Report of the Indian Hemp Drugs Commission, 1894-1895 - Volume VI
Year: 1894
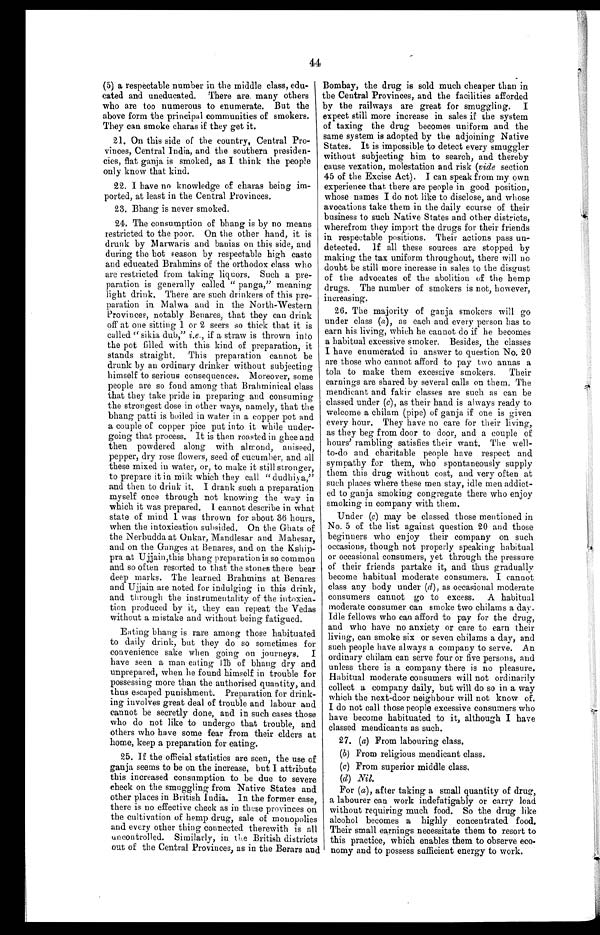
44
(5) a respectable number in the middle class, edu-
cated and uneducated. There are. many others
who are too numerous to enumerate. But the
above form the principal communities of smokers.
They can smoke charas if they get it.
21. On this side of the country, Central Pro-
-
-vinces, Central India, and the southern presiden
- c i e s , f l a t g a n j a i s s m o k e d , a s I t h i n k t h e p e o p l e
only know that kind.
22. I have no knowledge of charas being im-
-ported, at least in the Central Provinces.
23. Bhang is never smoked.
24. The consumption of bhang is by no means
restricted to the poor. On the other hand, it is
drunk by Marwaris and banias on this side, and
during the hot season by respectable high caste
and educated Brahmins of the orthodox class who
are restricted from taking liquors. Such a pre
- p a r a t i o n i s g e n e r a l l y c a l l e d " p a n g a , " m e a n i n g
light drink. There are such drinkers of this pre-
paration in Malwa and in the NorthWestern
Provinces, notably Benares, that they can drink
off at one sitting 1 or 2 seers so thick that it is
called " sikia dub," i.e., if a straw is thrown into
the pot filled with this kind of preparation, it
stands straight. This preparation cannot be
drunk by an ordinary drinker without subjecting
himself to serious consequences. Moreover, some
people are so fond among that Brahminical class
that they take pride in preparing and consuming
the strongest dose in other ways, namely, that the
bhang patti is boiled in water in a copper pot and
a couple of copper pice put into it while under-
going that process. It is then roasted in ghee and.
then powdered along with almond, aniseed,
pepper, dry rose flowers, seed of cucumber, and all
these mixed in water, or, to make it still stronger,
to prepare it in milk which they call "dudhiya,"
and then to drink it. I drank such a preparation
myself once through not knowing the way in
which it was prepared. I cannot describe in what
state of mind I was thrown for about 36 hours,
when the intoxication subsided. On the Ghats of
the Nerbudda at Onkar, Mandlesar and Mahesar,
and on the Ganges at Benares, and on the Kship-
pra at Ujjain, this bhang preparation is so common
and so often resorted to that the stones there bear
deep marks. The learned Brahmins at Benares
and Ujjain are noted for indulging in this drink,
and through the instrumentality of the intoxica-
tion produced by it, they can repeat the Vedas
without a mistake and without being fatigued.
Bombay, the drug is sold much cheaper than in
the Central Provinces, and the facilities afforded
by the railways are great for smuggling. I
expect still more increase in sales if the system
of taxing the drug becomes uniform and the
same system is adopted by the adjoining Native
States. It is impossible to detect every smuggler
without subjecting him to search, and thereby
cause vexation, molestation and risk (vide section
45 of the Excise Act). I can speak from my own
experience that there are people in good position,
whose names I do not like to disclose, and whose
avocations take them in the daily course of their
business to such Native States and other districts,
wherefrom they import the drugs for their friends
in respectable positions. Their actions pass un-
detected. If all these sources are stopped by
making the tax uniform throughout, there will no
doubt be still more increase in sales to the disgust
of the advocates of the abolition of the hemp
drugs. The number of smokers is not, however,
increasing.
26. The majority of ganja smokers will go
under class (a ), as each and every person has to
earn his living, which he cannot do if he becomes
a habitual excessive smoker. Besides, the classes
I have enumerated in answer to question No. 20
are those who cannot afford to pay two annas a
tola to make them excessive smokers. Their
earnings are shared by several calls on them. The
mendicant and fakir classes are such as can be
classed under ( c), as their hand is always ready to
welcome a chilam (pipe) of ganja if one is given
every hour. They have no care for their living,
as they beg from door to door, and a couple of
hours' rambling satisfies their want. The well-
to-do and charitable people have respect and
sympathy for them, who spontaneously supply
them this drug without cost, and very often at
such places where these men stay, idle men addict-
ed to ganja smoking congregate there who enjoy
smoking in company with them.
Under (c) may be classed those mentioned in
No. 5 of the list against question 20 and those
beginners who enjoy their company on such
occasions, though not properly speaking habitual
or occasional consumers, yet through the pressure
of their friends partake it, and thus gradually
become habitual moderate consumers. I cannot
class any body under ( d), as occasional moderate
consumers cannot go to excess. A habitual
moderate consumer can smoke two chilams a day.
Idle fellows who can afford to pay for the drug,
and who have no anxiety or care to earn their
living, can smoke six or seven chilams a day, and
such people have always a company to serve. An
ordinary chilam can serve four or five persons, and
unless there is a company there is no pleasure.
Habitual moderate consumers will not ordinarily
collect a company daily, but will do so in a way
which the next-door neighbour will not know of.
I do not call those people excessive consumers who
have become habituated to it, although I have
classed mendicants as such.
27. (a) From labouring class.
(b) From religious mendicant class.
(c) From superior middle class.
(d) N i l .
For ( a), after taking a small quantity of drug,
a labourer can work indefatigably or carry load
without requiring much food. So the drug like
alcohol becomes a highly concentrated food.
Their small earnings necessitate them to resort to
this practice, which enables them to observe eco-
nomy and to possess sufficient energy to work.
Eating bhang is rare among those habituated
to daily drink, but they do so sometimes for
convenience sake when going on journeys. I
have seen a man eating 1lb of bhang dry and
unprepared, when lie found himself in trouble for
possessing more than the authorised quantity, and
thus escaped punishment. Preparation for drink-
ing involves great deal of trouble and labour and
cannot be secretly done, and in such cases those
who do not like to undergo that trouble, and
others who have some fear from their elders at
home, keep a preparation for eating.
25. If the official statistics are seen, the use of
ganja seems to be on the increase, but I attribute
this increased consumption to be due to severe
check on the smuggling from Native States and
other places in British India. In the former case,
there is no effective check as in these provinces on
the cultivation of hemp drug, sale of monopolies
and every other thing connected therewith is all
uncontrolled. Similarly, in tie British districts
out of the Central Provinces, as in the Berars and